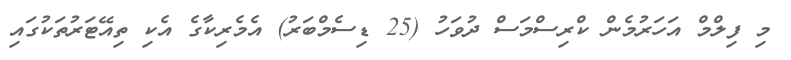
މި ފިލްމް އަހަރުމެން ކްރިސްމަސް ދުވަހު (25 ޑިސެމްބަރު) އެމެރިކާގެ އެކި ތިއޭޓަރުތަކުގައި